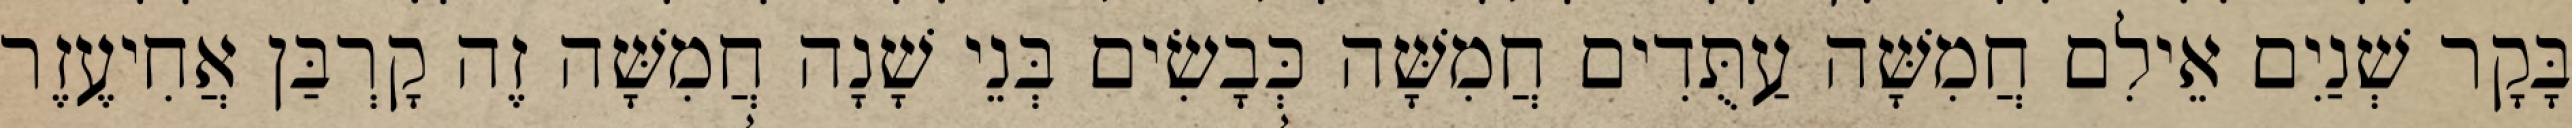
בָּקָר שְׁנַיִם אֵילִם חֲמִשָּׁה עַתֻּדִים חֲמִשָּׁה כְּבָשִׂים בְּנֵי שָׁנָה חֲמִשָּׁה זֶה קָרְבַּן אֲחִיעֶזֶר